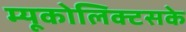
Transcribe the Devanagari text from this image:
म्यूकोलिक्टसके